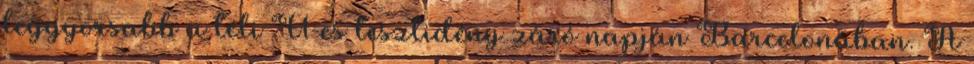
leggyorsabb a téli F1-es tesztidény záró napján Barcelonában. A